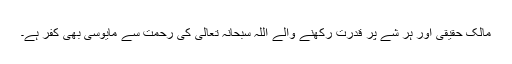
مالک حقیقی اور ہر شے پر قدرت رکھنے والے اللہ سبحانہ تعالی کی رحمت سے مایوسی بھی کفر ہے۔